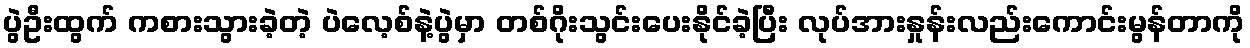
ပွဲဦးထွက် ကစားသွားခဲ့တဲ့ ပဲလေ့စ်နဲ့ပွဲမှာ တစ်ဂိုးသွင်းပေးနိုင်ခဲ့ပြီး လုပ်အားနှုန်းလည်းကောင်းမွန်တာကို